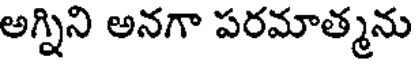
అగ్నిని అనగా పరమాత్మను